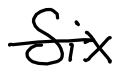
Text: Six
Cross-out: single-line
Writing tool: digital_black